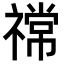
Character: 𫀠